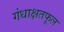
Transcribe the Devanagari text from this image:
गंधाक्षतफूल